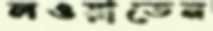
লওয়াতেন